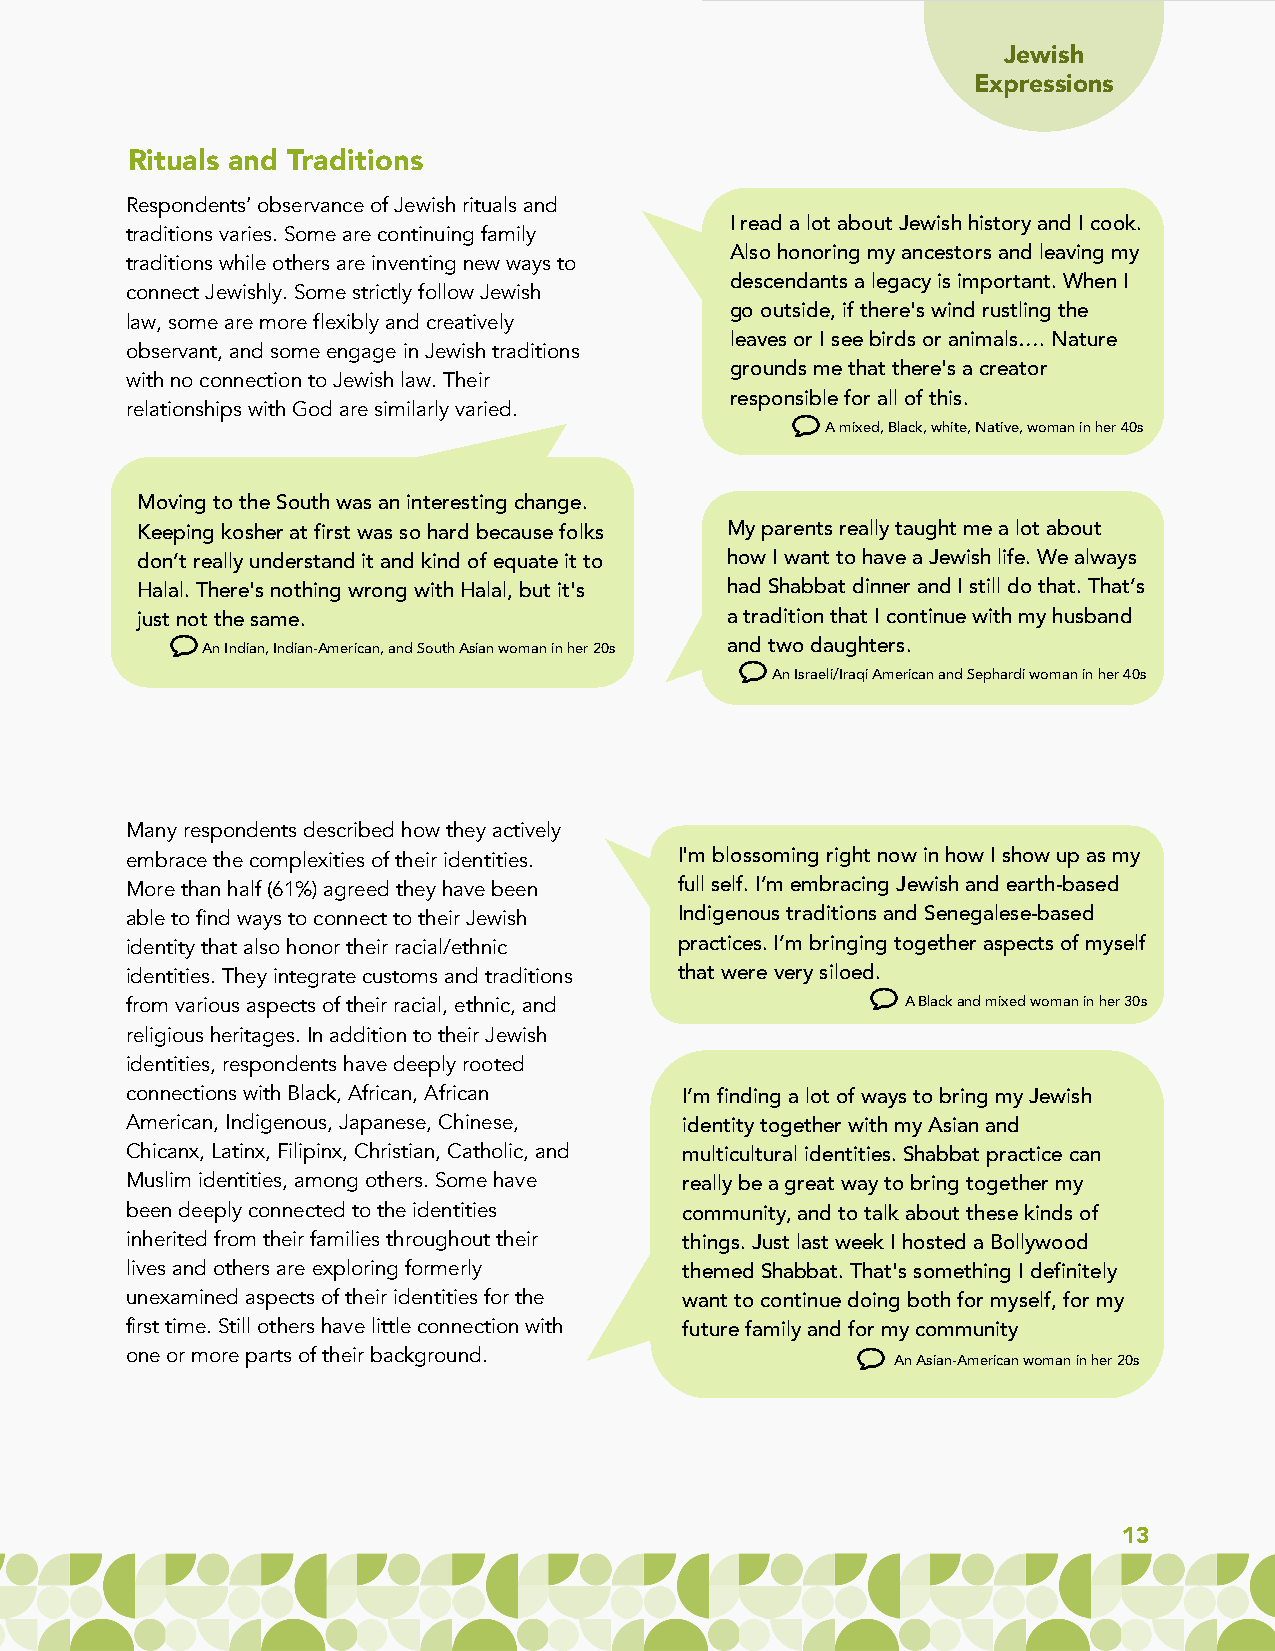
Jewish
 Expressions
 Rituals and Traditions
 Respondents’ observance of Jewish rituals and
 I read a lot about Jewish history and I cook.
 traditions varies. Some are continuing family
 Also honoring my ancestors and leaving my
 traditions while others are inventing new ways to
 descendants a legacy is important. When I
 connect Jewishly. Some strictly follow Jewish
 go outside, if there's wind rustling the
 law, some are more flexibly and creatively
 leaves or I see birds or animals…. Nature
 observant, and some engage in Jewish traditions
 grounds me that there's a creator
 with no connection to Jewish law. Their
 responsible for all of this.
 relationships with God are similarly varied.
 A mixed, Black, white, Native, woman in her 40s
 Moving to the South was an interesting change.
 Keeping kosher at first was so hard because folks My parents really taught me a lot about
 don’t really understand it and kind of equate it to how I want to have a Jewish life. We always
 Halal. There's nothing wrong with Halal, but it's had Shabbat dinner and I still do that. That’s
 just not the same.                     a tradition that I continue with my husband
 An Indian, Indian-American, and South Asian woman in her 20s and two daughters.
 An Israeli/Iraqi American and Sephardi woman in her 40s
 Many respondents described how they actively
 embrace the complexities of their identities. I'm blossoming right now in how I show up as my
 More than half (61%) agreed they have been full self. I’m embracing Jewish and earth-based
 able to find ways to connect to their Jewish Indigenous traditions and Senegalese-based
 identity that also honor their racial/ethnic practices. I’m bringing together aspects of myself
 identities. They integrate customs and traditions that were very siloed.
 from various aspects of their racial, ethnic, and   A Black and mixed woman in her 30s
 religious heritages. In addition to their Jewish
 identities, respondents have deeply rooted
 connections with Black, African, African I’m finding a lot of ways to bring my Jewish
 American, Indigenous, Japanese, Chinese, identity together with my Asian and
 Chicanx, Latinx, Filipinx, Christian, Catholic, and multicultural identities. Shabbat practice can
 Muslim identities, among others. Some have really be a great way to bring together my
 been deeply connected to the identities community, and to talk about these kinds of
 inherited from their families throughout their things. Just last week I hosted a Bollywood
 lives and others are exploring formerly themed Shabbat. That's something I definitely
 unexamined aspects of their identities for the want to continue doing both for myself, for my
 first time. Still others have little connection with future family and for my community
 one or more parts of their background.
 An Asian-American woman in her 20s
 13